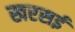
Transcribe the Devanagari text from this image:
खरसई